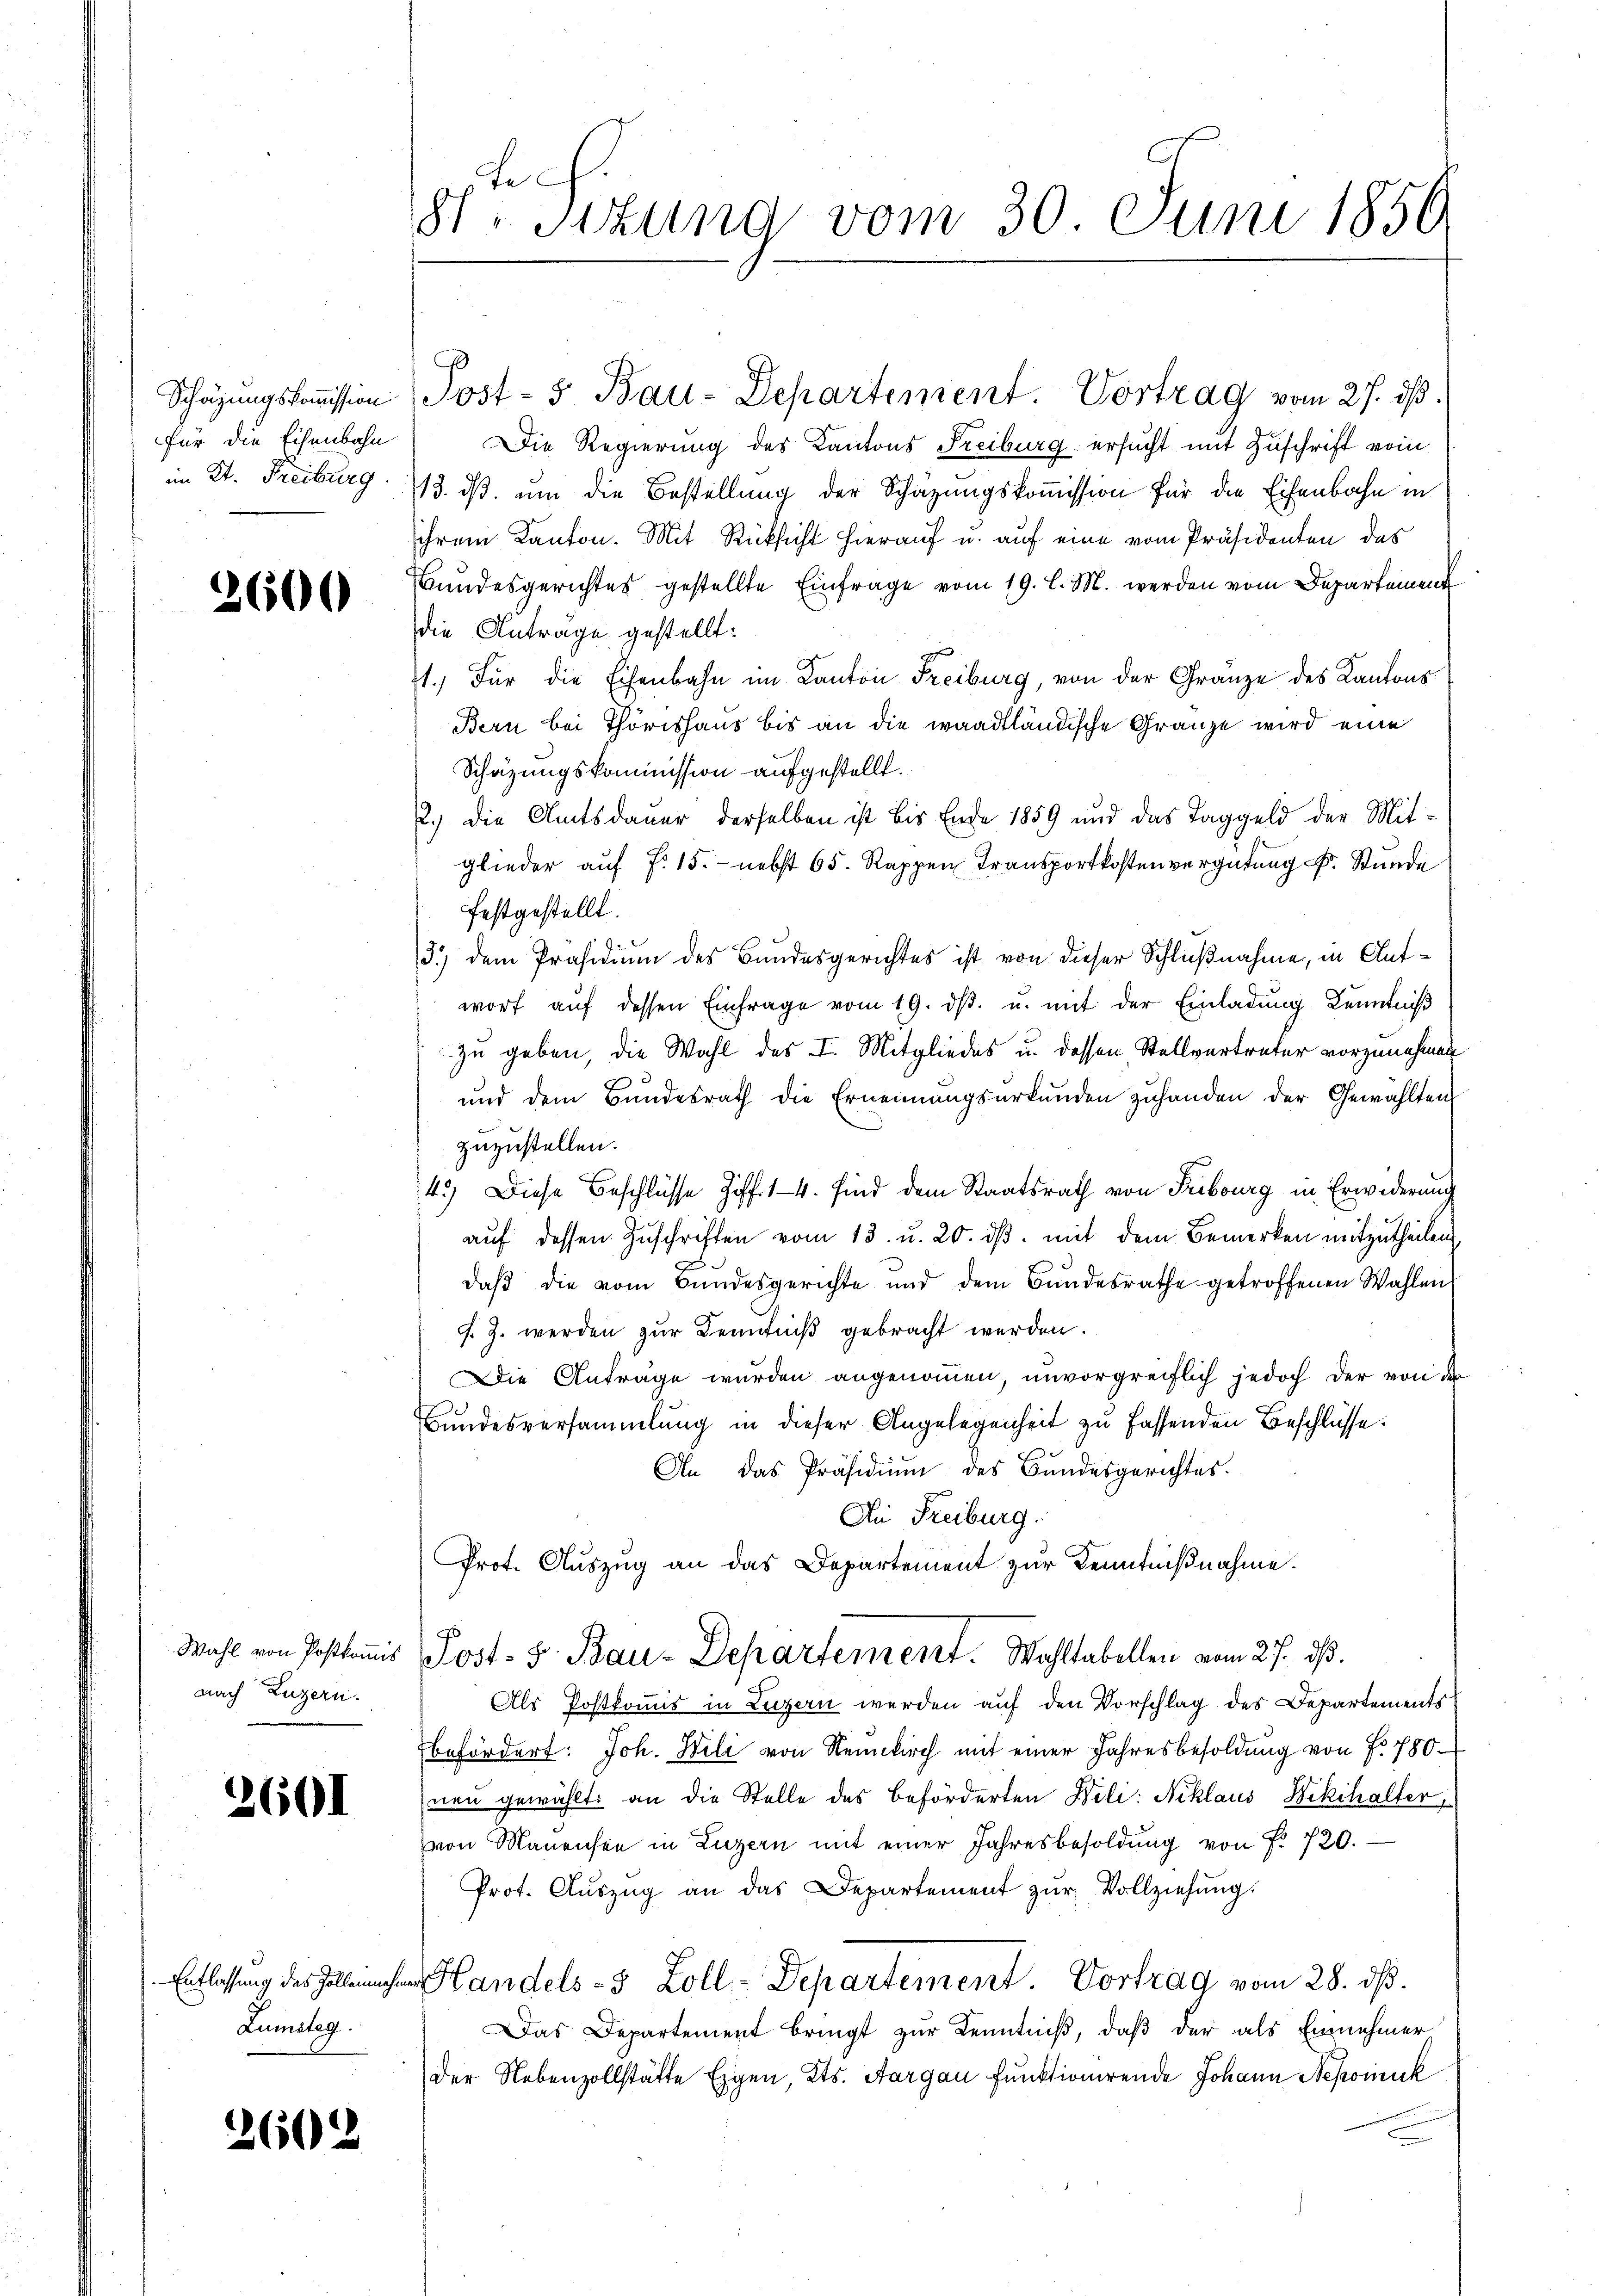
Schätzungskommission
für die Eisenbahn
im St. Freiburg

2600

Wahl von Postkomis
nach Luzern.

2601

Entlassung des Zollenmehr
Lumsteg.

260.

e
St. Sizung vom 30 Juni 1856

Post- 5 Bau-Departement. Vortrag vom 27. ds.
Die Regierung des Kantons Freiburg ersucht mit Zuschrift vom
13. ds. um die Bestellung der Schäzungskoṁission für die Eisenbahn in
ihrem Kanton. Mit Rücksicht hierauf u. auf eine vom Präsidenten das
Bundesgerichtes gestellte Einfrage vom 19. l. M. werden vom Departement
die Antrage gestellt:
1. Für die Eisenbahn im Kanton Freiburg, von der Gränze des Kantons¬
Bern bei Thörishaus bis an die waadtländische Gränze wird eine
Schätzungskommission aufgestellt.
2.) Die Amtsdauer derselben ist bis Ende 1859 und das Taggeld der Mitglieder auf §. 15. nebst 65. Rappen Transportkostenvergütung Fr. Stunde
festgestellt.
3.) dem Präsidium des Bundesgerichtes ist von dieser Schlußnahme, in Antworf auf dessen Einfrage vom 19. dβ. u. mit der Einladung Kenntniß
zu geben, die Wahl des I. Mitgliedes u. dessen Stellvertreter vorzunehmen
und dem Bundesrath die Ernennungsurkunden zuhanden der Gewählten
zuzustellen.
4.) Diese Beschlüsse Ziff. 14. sind dem Staatsrath von Fribourg in Erwiderung
aŭf dessen Zuschriften vom 13. u. 20. dβ. mit dem Bemerken mitzutheilen
daβ die vom Bundesgerichte und dem Bŭndesrathe getroffenen Wahlen
J. J. werden zur Kenntniß gebracht werden.
Die Anträge wurden angenommen, unvorgreiflich jedoch der von der
Bundesversammlung in dieser Angelegenheit zu fassenden Beschlüsse.
An das Präsidiŭm des Bundesgerichtes.
Die Freiburg.
Prot. Auszug an das Departement zur Kenntnißnahme.
Post- 5. Bau-Departement. Wohltabellen vom 27. ds.
Als Postkomis in Luzern werden auf den Vorschlag des Departements
befördert: Joh. Wili von Neunkirch mit einer Jahresbesoldung von f. 780.
neu gewählt: an die Stelle des beförderten Beli: Niklaus Dikihalter
von Manensee in Luzern mit einer Jahresbesoldŭng von Fr. 720.
Prot. Aŭszŭg an das Departement zŭr Vollziehŭng.
 Handels-5 Zoll-Departement. Vortrag vom 28. dβ.
Das Departement bringt zur Kenntniß, daß der als Einnehmer
Der Nebenzollstätte Eigen, Kts. Aargau funktionirende Johann Nepomuck